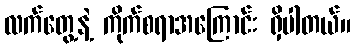
လက်တွေ့နဲ့ ကိုက်စရာအကြောင်း ရှိပါတယ်။